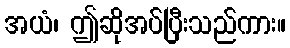
အယံ၊ ဤဆိုအပ်ပြီးသည်ကား။